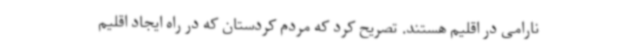
نارامی در اقلیم هستند. تصریح کرد که مردم کردستان که در راه ایجاد اقلیم